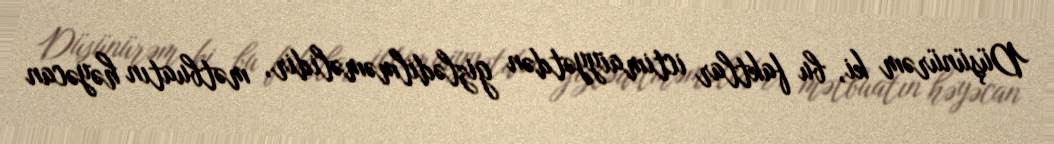
Düşünürəm ki, bu faktlar ictimaiyyətdən gizlədilməməlidir, mətbuatın həyəcan